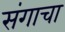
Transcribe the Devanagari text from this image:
संगाचा